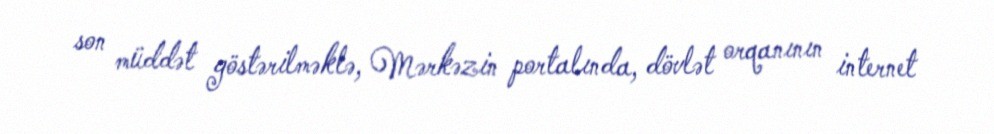
son müddət göstərilməklə, Mərkəzin portalında, dövlət orqanının internet